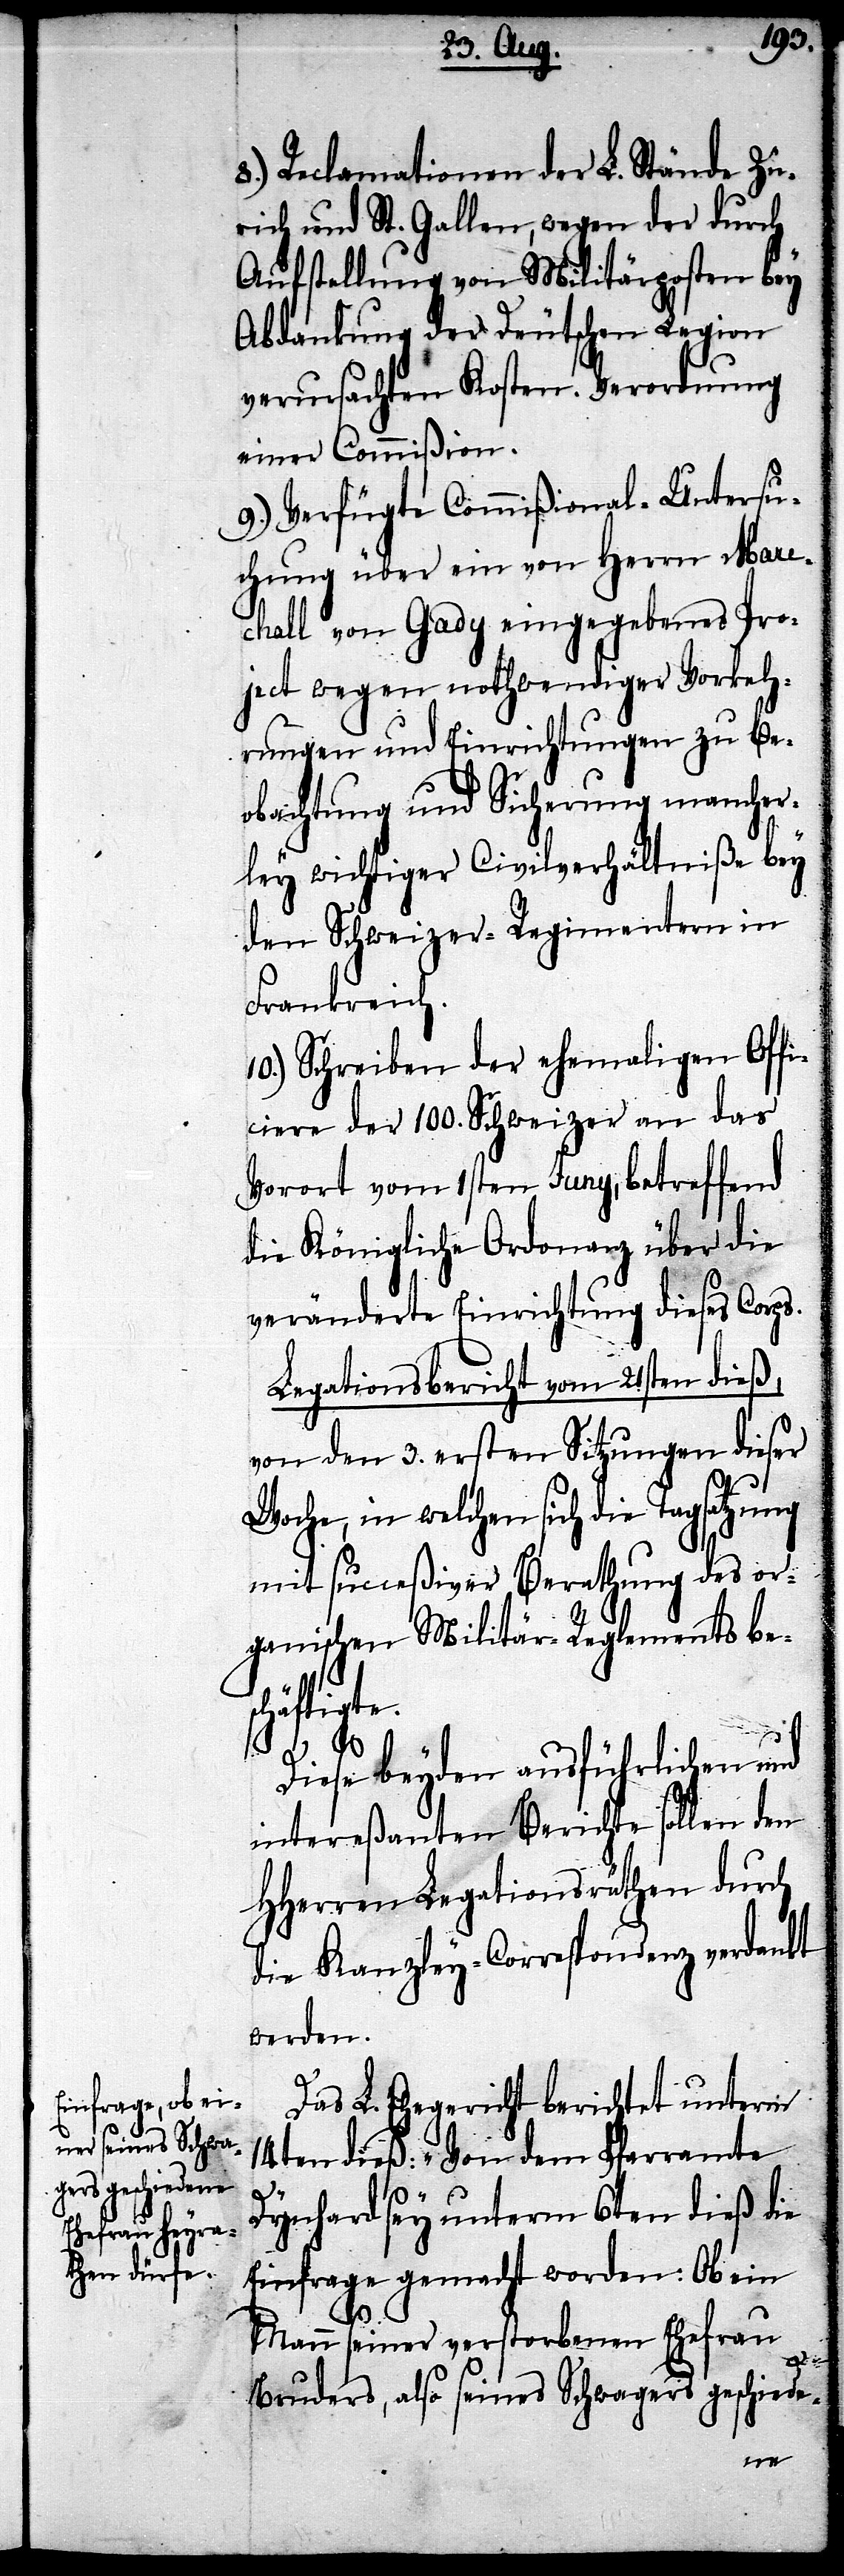
8.) Reclamationen der L. Stände Zü¬
rich und St. Gallen, wegen der durch
Aufstellung von Militärposten bey
Abdankung der Deutschen Legion
verursachten Kosten. Verordnung
einer Commißion.
9.) Verfügte Commißional-Untersu¬
chung über ein von Herrn Mare¬
chall von Gady eingegebenes Pro¬
ject wegen nothwendiger Vorkeh¬
rungen und Einrichtungen zu Be¬
obachtung und Sicherung mancher¬
ley wichtiger Civilverhältniße bey
den Schweizer-Regimentern in
Frankreich.
10.) Schreiben der ehemaligen Offi¬
ciere der 100. Schweizer an das
Vorort vom 1sten Juny, betreffend
die Königliche Ordonanz über die
veränderte Einrichtung dieses Corps.
Legationsbericht vom 21sten dieß,
von dem 3. ersten Sitzungen dieser
Woche, in welchen sich die Tagsatzung
mit succeßiver Berathung des or¬
ganischen Militär-Reglements bes¬
chäftigte.
Diese beyden ausführlichen und
intereßanten Berichte sollen den
HHerren Legationsräthen durch
die Kanzley-Correspondenz verdankt
werden.
Das L. Ehegericht berichtet unterm
14ten dieß: „Von dem Pfarramte
Dynhard sey unterm 6ten dieß die
Einfrage gemacht worden: Ob ein
Mann seiner verstorbenen Ehefrau
Bruders, also seines Schwagers geschiede-